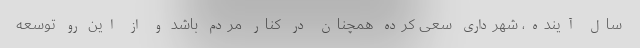
سال آینده، شهرداری سعی کرده همچنان در کنار مردم باشد و از این رو توسعه